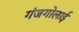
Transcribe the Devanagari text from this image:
गंजगोलाई